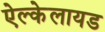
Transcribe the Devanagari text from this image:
ऐल्केलायड